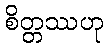
စိတ္တဿဟု